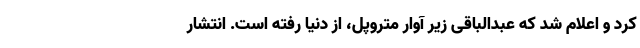
کرد و اعلام شد که عبدالباقی زیر آوار متروپل، از دنیا رفته است. انتشار